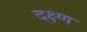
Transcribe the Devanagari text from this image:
दक्ष्ण